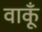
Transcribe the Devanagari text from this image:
वाकूँ